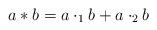
LaTeX: \begin{align*} a*b=a\cdot_1 b+a\cdot_2 b \end{align*}